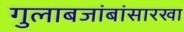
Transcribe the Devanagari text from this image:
गुलाबजांबांसारखा